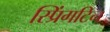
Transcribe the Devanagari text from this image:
स्प्रिंगटिन